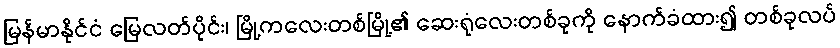
မြန်မာနိုင်ငံ မြေလတ်ပိုင်း၊ မြို့ကလေးတစ်မြို့၏ ဆေးရုံလေးတစ်ခုကို နောက်ခံထား၍ တစ်ခုလပ်